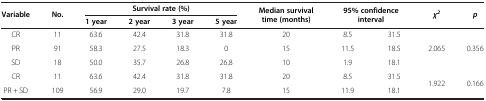
<table><thead><tr><td rowspan="2"><b>Variable</b></td><td rowspan="2"><b>No.</b></td><td colspan="4"><b>Survival rate (%)</b></td><td rowspan="2"><b>Median survival time (months)</b></td><td colspan="2" rowspan="2"><b>95% confidence interval</b></td><td rowspan="2"><b><i>χ</i><sup><i>2</i></sup></b></td><td rowspan="2"><b><i>p</i></b></td></tr><tr><td><b>1 year</b></td><td><b>2 year</b></td><td><b>3 year</b></td><td><b>5 year</b></td></tr></thead><tbody><tr><td>CR</td><td>11</td><td>63.6</td><td>42.4</td><td>31.8</td><td>31.8</td><td>20</td><td>8.5</td><td>31.5</td><td rowspan="3">2.065</td><td rowspan="3">0.356</td></tr><tr><td>PR</td><td>91</td><td>58.3</td><td>27.5</td><td>18.3</td><td>0</td><td>15</td><td>11.5</td><td>18.5</td></tr><tr><td>SD</td><td>18</td><td>50.0</td><td>35.7</td><td>26.8</td><td>26.8</td><td>10</td><td>1.9</td><td>18.1</td></tr><tr><td>CR</td><td>11</td><td>63.6</td><td>42.4</td><td>31.8</td><td>31.8</td><td>20</td><td>8.5</td><td>31.5</td><td rowspan="2">1.922</td><td rowspan="2">0.166</td></tr><tr><td>PR + SD</td><td>109</td><td>56.9</td><td>29.0</td><td>19.7</td><td>7.8</td><td>15</td><td>11.9</td><td>18.1</td></tr></tbody></table>